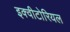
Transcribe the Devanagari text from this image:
इक्वीटोरियल